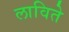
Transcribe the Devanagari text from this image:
लाविते